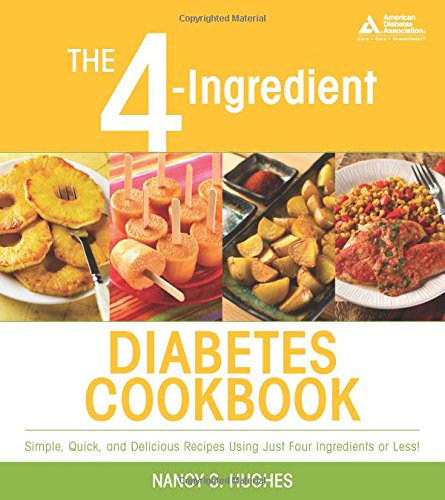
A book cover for The 4-Ingredient Diabetes Cookbook; Nancy S. Hughes; Cookbooks, Food & Wine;